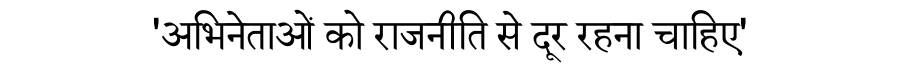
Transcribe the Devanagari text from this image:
'अभिनेताओं को राजनीति से दूर रहना चाहिए'